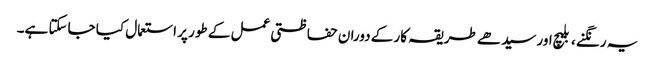
یہ رنگنے ، بلیچ اور سیدھے طریقہ کار کے دوران حفاظتی عمل کے طور پر استعمال کیا جاسکتا ہے۔